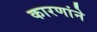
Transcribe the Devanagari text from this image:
कारणांने